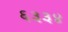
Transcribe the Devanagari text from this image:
६३३४